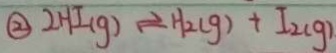
\textcircled { 1 } 2 H I ( g ) \rightleftharpoons H _ { 2 } ( g ) + I _ { 2 } ( g )